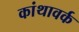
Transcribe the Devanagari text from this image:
कांथावर्क